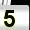
Digit: 5